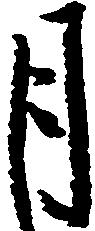
月